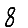
Digit: 8